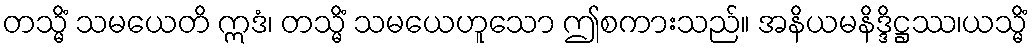
တသ္မိံ သမယေတိ ဣဒံ၊ တသ္မိံ သမယေဟူသော ဤစကားသည်။ အနိယမနိဒ္ဒိဋ္ဌဿ၊ယသ္မိံ